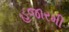
હજારમી